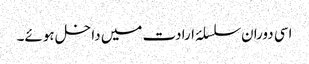
اسی دوران سلسلۂ ارادت میں داخل ہوئے۔